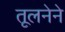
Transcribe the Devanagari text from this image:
तूलनेने